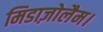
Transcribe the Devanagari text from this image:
मिडाज़ोलैम।